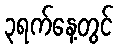
၃ရက်နေ့တွင်